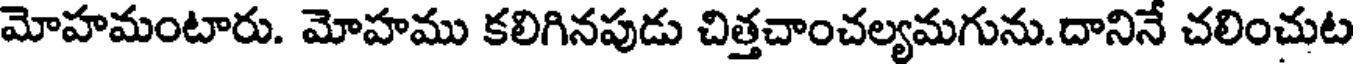
మోహమంటారు. మోహము కలిగినపుడు చిత్తచాంచల్యమగును.దానినే చలించుట